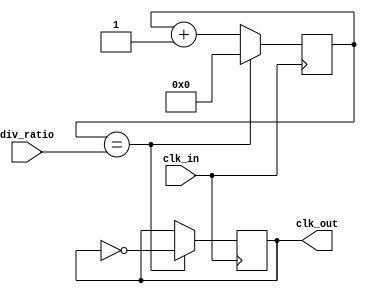
module frequency_synthesizer_clock_divider (
    input wire clk_in,
    input wire [7:0] div_ratio,
    output reg clk_out
);

reg [7:0] counter;

always @ (posedge clk_in) begin
    if (counter == div_ratio) begin
        counter <= 0;
        clk_out <= ~clk_out;
    end else begin
        counter <= counter + 1;
    end
end

endmodule